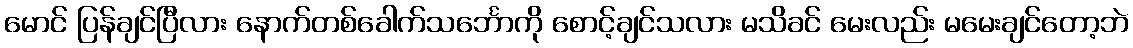
မောင် ပြန်ချင်ပြီလား နောက်တစ်ခေါက်သင်္ဘောကို စောင့်ချင်သလား မသိခင် မေးလည်း မမေးချင်တော့ဘဲ